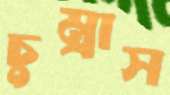
চুম্‌রাস